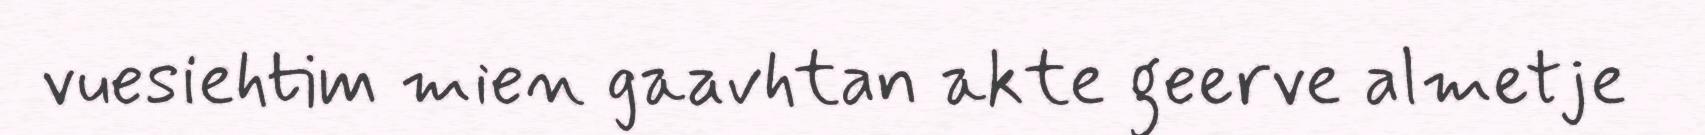
vuesiehtim mien gaavhtan akte geerve almetje